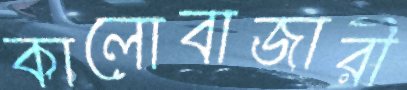
কালোবাজারী